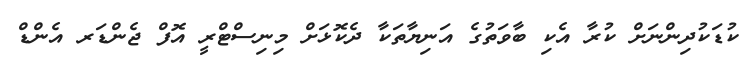
ކުޑަކުދިންނަށް ކުރާ އެކި ބާވަތުގެ އަނިޔާތަކާ ދެކޮޅަށް މިނިސްޓްރީ އޮފް ޖެންޑަރ އެންޑް